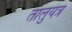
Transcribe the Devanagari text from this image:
तालुयंत्र